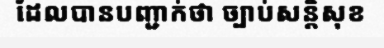
ដែលបានបញ្ជាក់ថា ច្បាប់សន្តិសុខ